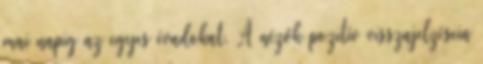
mai napig az egyes évadokat. A nézők pozitív visszajelzésein